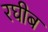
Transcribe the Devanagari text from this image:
रघीब